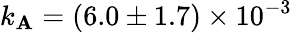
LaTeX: k_{\mathbf{A}}=(6.0\pm1.7)\times10^{-3}